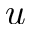
u